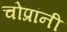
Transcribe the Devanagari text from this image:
चोप्रांनी